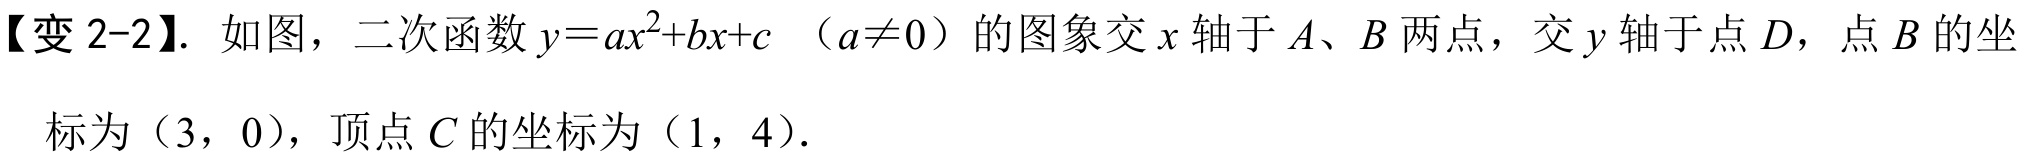
【变 2-2】. 如图，二次函数\(y = ax^{2}+bx + c\) （\(a\neq0\)）的图象交\(x\)轴于\(A\)、\(B\)两点，交\(y\)轴于点\(D\)，点\(B\)的坐
标为\((3,0)\)，顶点\(C\)的坐标为\((1,4)\).